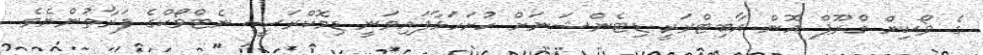
ގެ ވޯކިން ގްރޫޕް އޮން އާބިޓްރަރީ ޑިޓެންޝަނަށް ހުށަހަޅާފައިވަނީ ޑިމޮކްރަސީ ނެޓްވޯކްގެ ފަރާތުންނެވެ.